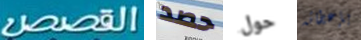
القصص حصد حول بإعطائه